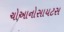
ચોઆનોસાયટસ